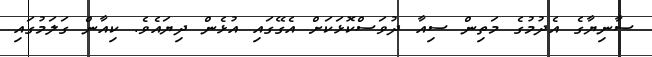
ސާނިޔާގެ އެދުމުގެ މަތިން ސިއާ ދުވަސްކޮޅަކަށް އެގޭގައި އުޅެން ދިޔައެވެ. ކިއާން ގަލަމުގައި